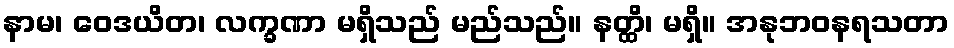
နာမ၊ ဝေဒယိတ၊ လက္ခဏာ မရှိသည် မည်သည်။ နတ္ထိ၊ မရှိ။ အနုဘဝနရသတာ